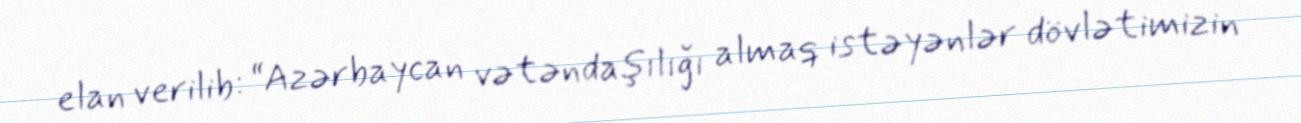
elan verilib: “Azərbaycan vətəndaşılığı almaq istəyənlər dövlətimizin